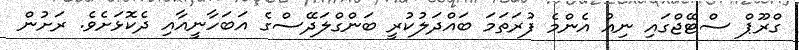
ގްރޫޕް ސްޓޭޖްގައި ނިއު އެންމެ ފުރަތަމަ ބައްދަލުކުރީ ބަންގްލަދޭސްގެ އަބަހާނީއާއި ދެކޮޅަށެވެ. ރަށުން